Account of plague administration in the Bombay Presidency from September 1896 till May 1897
Year: 1896
Disease focus: Plague
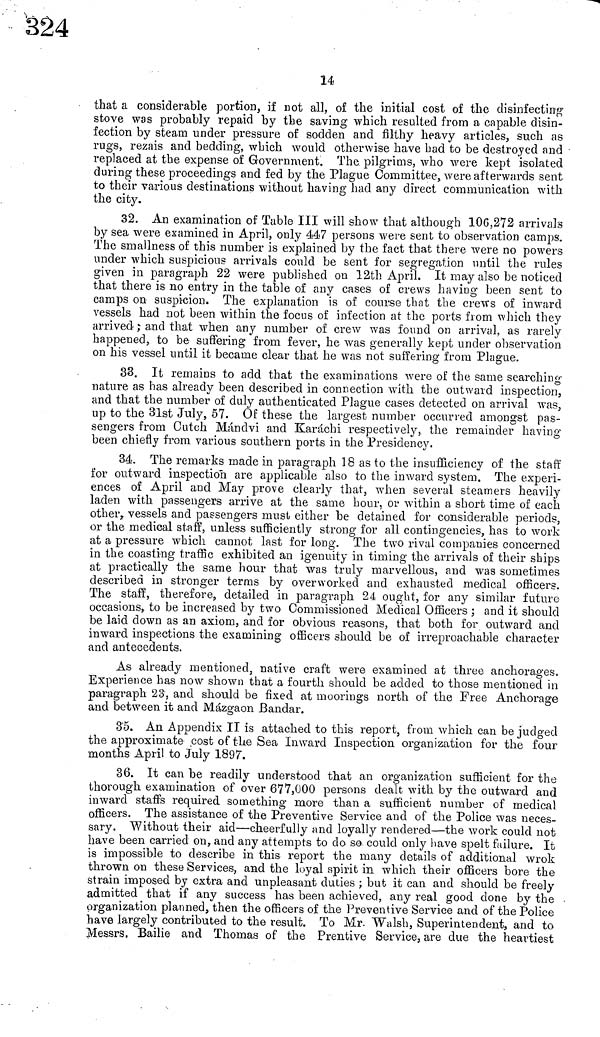
14
that a considerable portion, if not all, of the initial cost of the disinfecting
stove was probably repaid by the saving which resulted from a capable disin-
fection by steam under pressure of sodden and filthy heavy articles, such as
rugs, rezais and bedding, which would otherwise have had to be destroyed and
replaced at the expense of Government. The pilgrims, who were kept isolated
during these proceedings and fed by the Plague Committee, were afterwards sent
to their various destinations without having had any direct communication with
the city.
32. An examination of Table III will show that although 106,272 arrivals
by sea were examined in April, only 447 persons were sent to observation camps.
The smallness of this number is explained by the fact that there were no powers
under which suspicious arrivals could be sent for segregation until the rules
given in paragraph 22 were published on 12th April. It may also be noticed
that there is no entry in the table of any cases of crews having been sent to
camps on suspicion. The explanation is of course that the crews of inward
vessels had not been within the focus of infection at the ports from which they
arrived ; and that when any number of crew was found on arrival, as rarely
happened, to be suffering from fever, he was generally kept under observation
on his vessel until it became clear that he was not suffering from Plague.
33. It remains to add that the examinations were of the same searching-
nature as has already been described in connection with, the outward inspection,
and that the number of duly authenticated Plague cases detected on arrival was,
up to the 31st July, 57. Of these the largest number occurred amongst pas-
sengers from Cutch Mandvi and Karáchi respectively, the remainder having
been chiefly from various southern ports in the Presidency.
34. The remarks made in paragraph 18 as to the insufficiency of the staff
for outward inspection are applicable also to the inward system. The experi-
ences of April and May prove clearly that, when several steamers heavily
laden with passengers arrive at the same hour, or within a short time of each
other, vessels and passengers must either be detained for considerable periods,
or the medical staff, unless sufficiently strong for all contingencies, has to work
at a pressure which cannot last for long. The two rival companies concerned
in the coasting traffic exhibited an igenuity in timing the arrivals of their ships
at practically the same hour that was truly marvellous, and was sometimes
described in stronger terms by overworked and exhausted medical officers.
The staff, therefore, detailed in paragraph 24 ought, for any similar future
occasions, to be increased by two Commissioned Medical Officers ; and it should
be laid down as an axiom, and for obvious reasons, that both for outward and
inward inspections the examining officers should be of irreproachable character
and antecedents.
As already mentioned, native craft were examined at three anchorages.
Experience has now shown that a fourth should be added to those mentioned in
paragraph 23, and should be fixed at moorings north of the Free Anchorage
and between it and Mázgaon Bandar.
35. An Appendix II is attached to this report, from which can be judged
the approximate cost of the Sea Inward Inspection organization for the four
months April to July 1897.
36. It can be readily understood that an organization sufficient for the
thorough examination of over 677,000 persons dealt with by the outward and
inward staffs required something more than a sufficient number of medicai
officers. The assistance of the Preventive Service and of the Police was neces-
sary. Without their aid—cheerfully and loyally rendered—the work could not
have been carried on, and any attempts to do so could only have spelt failure. It
is impossible to describe in this report the many details of additional wrok
thrown on these Services, and the loyal spirit in which their officers bore the
strain imposed by extra and unpleasant duties ; but it can and should be freely
admitted that if any success has been achieved, any real good clone by the
organization planned, then the officers of the Preventive Service and of the Police
have largely contributed to the result. To Mr. Walsh, Superintendent, and to
Messrs. Bailie and Thomas of the Prentive Service, are due the heartiest